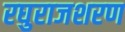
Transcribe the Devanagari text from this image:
रघुराजशरण